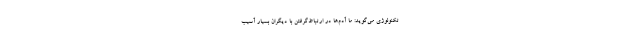
تکنولوژی می‌گوید: ما آدم‌ها در ارتباط‌گرفتن با دیگران بسیار آسیب‌